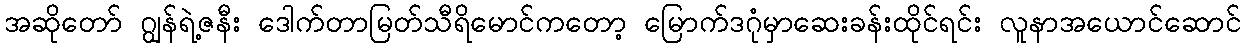
အဆိုတော် ဂျွန်ရဲ့ဇနီး ဒေါက်တာမြတ်သီရိမောင်ကတော့ မြောက်ဒဂုံမှာဆေးခန်းထိုင်ရင်း လူနာအယောင်ဆောင်